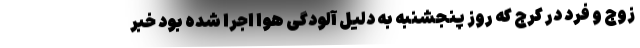
زوج و فرد در کرج که روز پنجشنبه به دلیل آلودگی هوا اجرا شده بود خبر